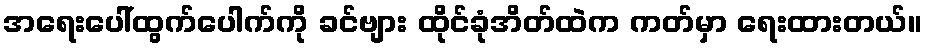
အရေးပေါ်ထွက်ပေါက်ကို ခင်ဗျား ထိုင်ခုံအိတ်ထဲက ကတ်မှာ ရေးထားတယ်။